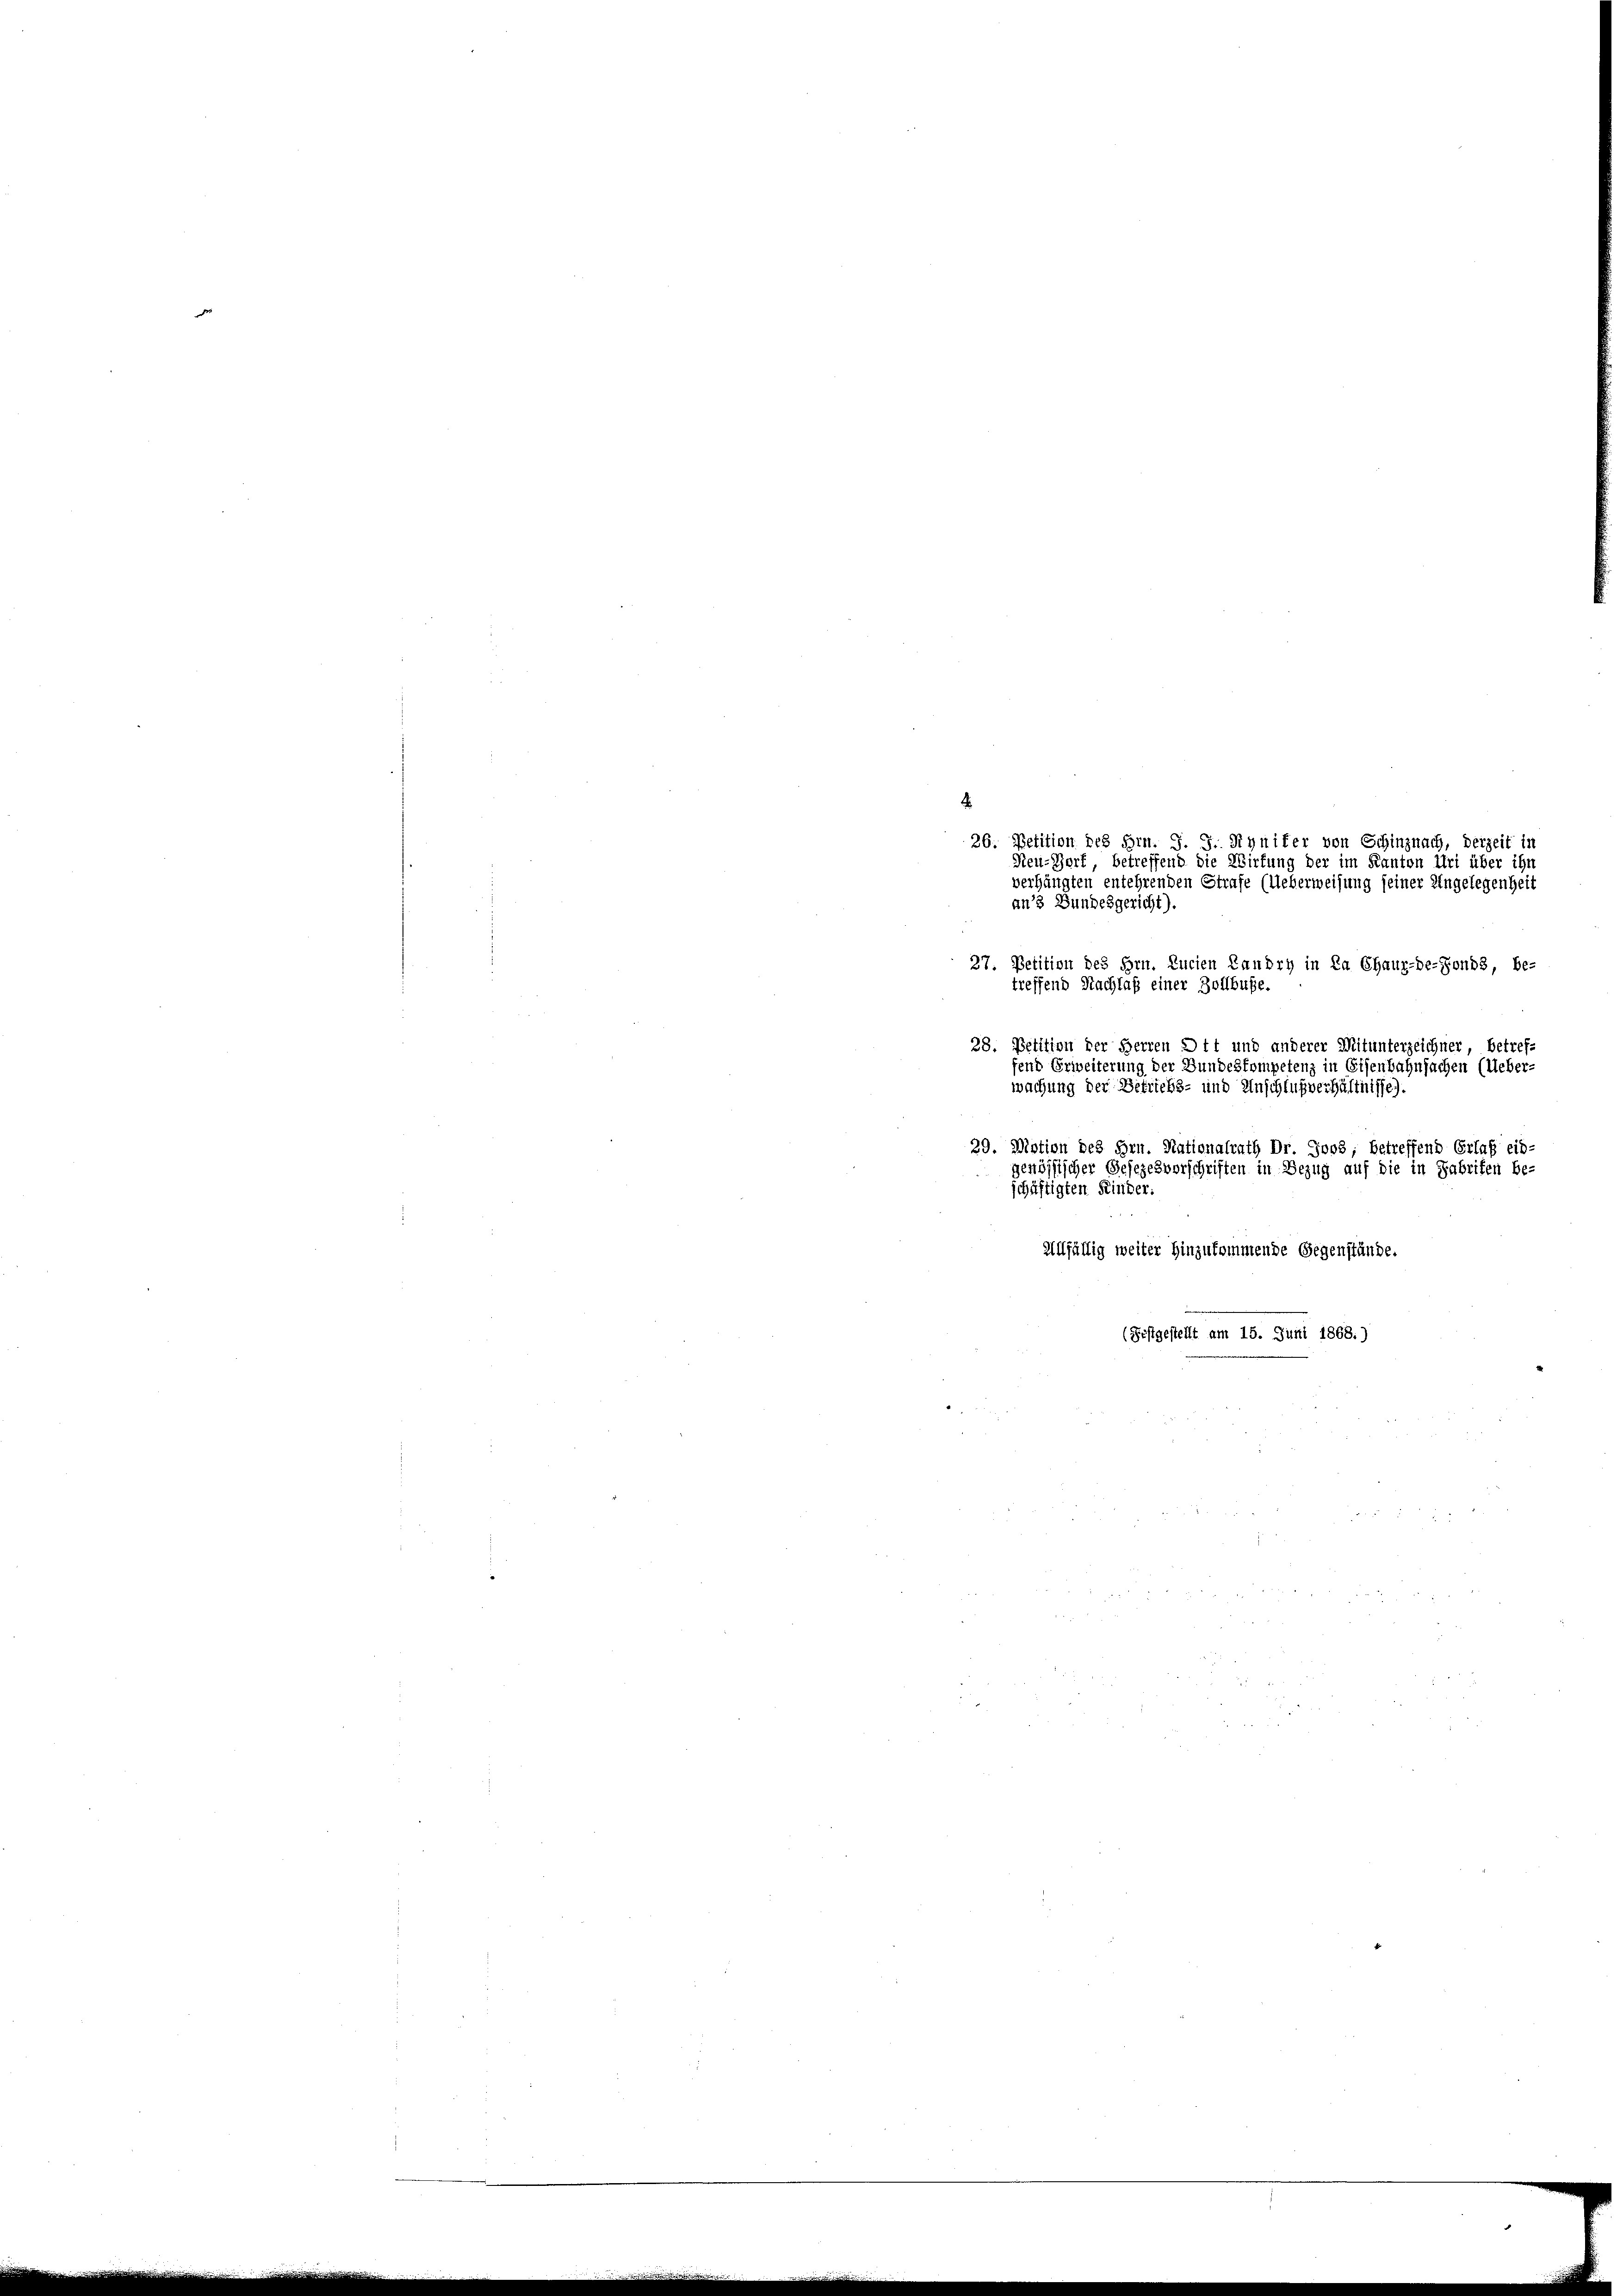
Neu-Hort, betreffend die Wirkung der im Kanton Uri über ihn
verhängten entehrenden Strafe (Ueberweisung seiner Angelegenheit
an 3 Bundesgericht).
27. Petition des Hrn. Lucien Landch in La Chaux-de-Fonds, be-
treffend Nachlaß einer Zollbuße.
28. Petition der Herren Ott und anderer Mitunterzeichner betref-
fend Erweiterung der Bundeskompetenz in Eisenbahnfachen (Ueber-
wachung der Betriebs- und Anschlußverhältnisse)
29. Motion des Hrn. Nationalrath Dr. Joos, betreffend Erlaß eid-
genössischer Gesezesvorschriften in Bezug auf die in Fabrifen be-
schäftigten Kinder.
Allfällig weiter hinzukommende Gegenstände.
(Festgestellt am 15. Juni 1868.)

26. Petition des Hrn. J. J. Rynifer von Schinznach, derzeit in